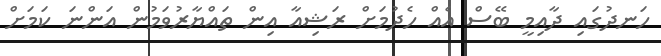
ހަނދުގައި ދާއިމީ ބޭސް އެއް ހެދުމަށް ރަޝިއާ އިން ތައްޔާރުވަމުން އަންނަ ކަމަށް